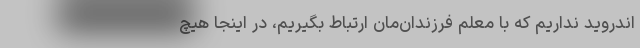
اندروید نداریم که با معلم فرزندان‌مان ارتباط بگیریم، در اینجا هیچ